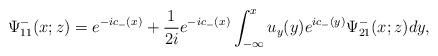
LaTeX: \begin{align*}\Psi^-_{11}(x;z)=e^{-ic_-(x)}+\frac{1}{2i} e^{-ic_-(x)} \int_{-\infty}^x u_y(y) e^{ic_-(y)}\Psi^-_{21}(x;z) dy,\end{align*}